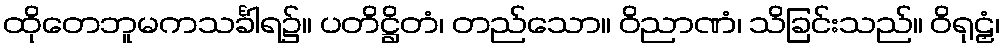
ထိုတေဘူမကသင်္ခါရ၌။ ပတိဋ္ဌိတံ၊ တည်သော။ ဝိညာဏံ၊ သိခြင်းသည်။ ဝိရုဠှံ၊